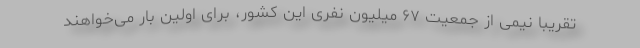
تقریبا نیمی از جمعیت ۶۷ میلیون نفری این کشور، برای اولین بار می‌خواهند